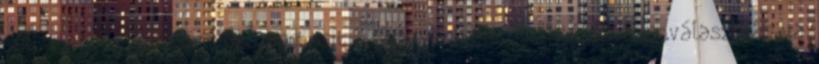
múlt megvizsgálására összpontosít a "hogyan volt ott" kérdés megválaszolására